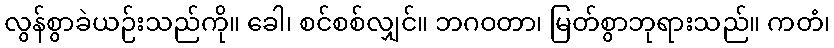
လွန်စွာခဲယဉ်းသည်ကို။ ခေါ၊ စင်စစ်လျှင်။ ဘဂဝတာ၊ မြတ်စွာဘုရားသည်။ ကတံ၊